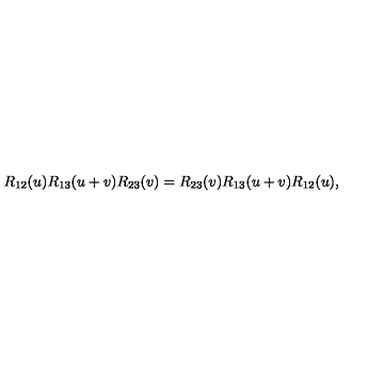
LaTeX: R _ { 1 2 } ( u ) R _ { 1 3 } ( u + v ) R _ { 2 3 } ( v ) = R _ { 2 3 } ( v ) R _ { 1 3 } ( u + v ) R _ { 1 2 } ( u ) ,